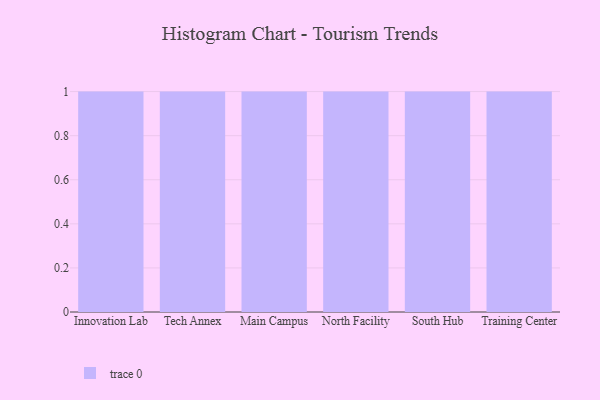
{"axis": {"x": "Campus", "y": "Satisfaction Score"}, "legend": [""], "data": [{"x": "Innovation Lab", "y": 77, "type": ""}, {"x": "Tech Annex", "y": 73, "type": ""}, {"x": "Main Campus", "y": 51, "type": ""}, {"x": "North Facility", "y": 76, "type": ""}, {"x": "South Hub", "y": 27, "type": ""}, {"x": "Training Center", "y": 39, "type": ""}]}